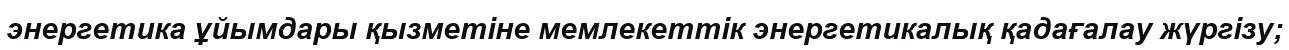
энергетика ұйымдары қызметіне мемлекеттік энергетикалық қадағалау жүргізу;